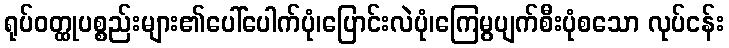
ရုပ်ဝတ္ထုပစ္စည်းများ၏ပေါ်ပေါက်ပုံ၊ပြောင်းလဲပုံ၊ကြေမွပျက်စီးပုံစသော လုပ်ငန်း